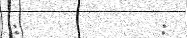
:         :